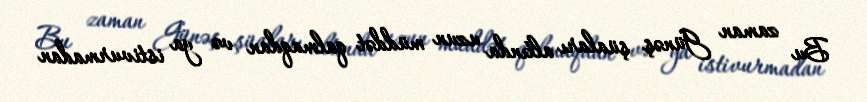
Bu zaman Günəş şüaları altında uzun müddət qalmaqdan və ya istivurmadan